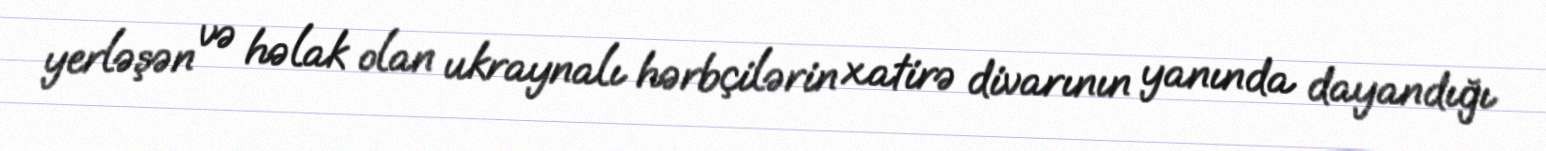
yerləşən və həlak olan ukraynalı hərbçilərin xatirə divarının yanında dayandığı